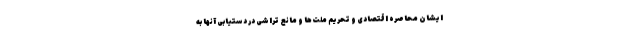
ایشان محاصره اقتصادی و تحریم ملت‌ها و مانع تراشی در دستیابی آنها به